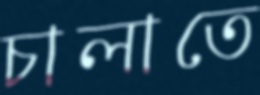
চালাতে